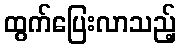
ထွက်ပြေးလာသည့်